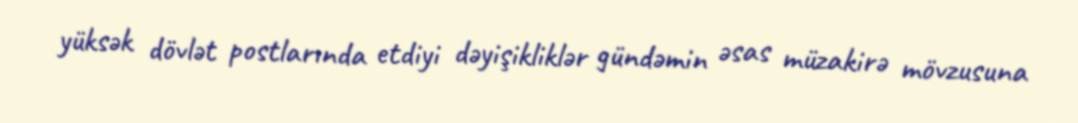
yüksək dövlət postlarında etdiyi dəyişikliklər gündəmin əsas müzakirə mövzusuna